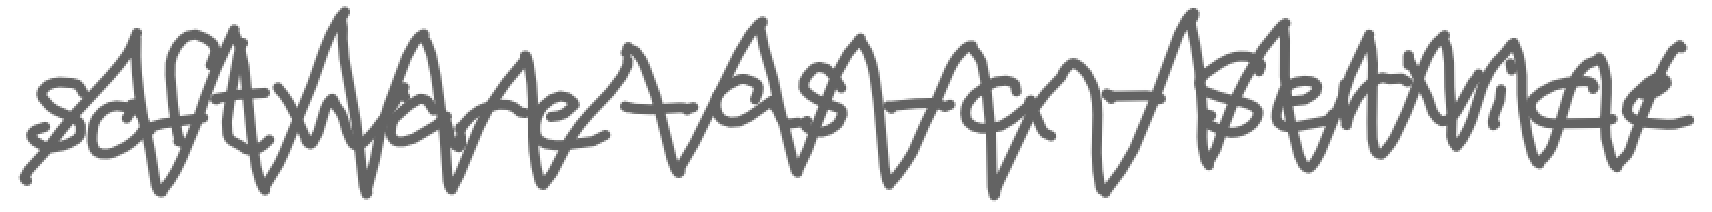
Text: software-as-a-service
Cross-out: zig-zag
Writing tool: digital_gray